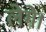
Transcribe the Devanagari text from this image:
लेगे।